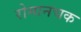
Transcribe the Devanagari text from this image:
रोमानचक